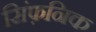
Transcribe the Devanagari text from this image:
सिंफ़निक